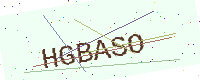
Text: HGBASO